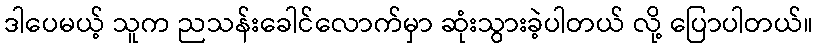
ဒါပေမယ့် သူက ညသန်းခေါင်လောက်မှာ ဆုံးသွားခဲ့ပါတယ် လို့ ပြောပါတယ်။